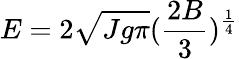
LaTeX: E=2\sqrt{Jg\pi}(\frac{2B}{3})^{\frac{1}{4}}